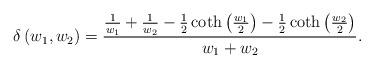
LaTeX: \begin{align*}\delta\left(w_1,w_2\right)= \frac{\frac{1}{w_{1}}+\frac{1}{w_{2}}-\frac{1}{2}\coth\left(\frac{w_{1}}{2}\right)-\frac{1}{2}\coth\left(\frac{w_{2}}{2}\right)}{w_{1}+w_{2}}.\end{align*}